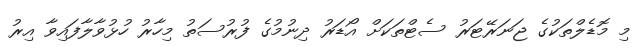
މި މޮޑެލްތަކުގެ ޖަނަރޭޓަރު ސެޓްތަކަށް އޯޑަރު ދިނުމުގެ ފުރުސަތު މިހާރު ހުޅުވާލާފައިވާ އިރު